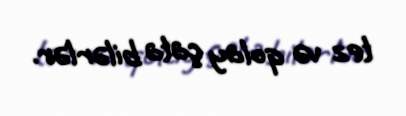
tez və qolay çata bilərlər.